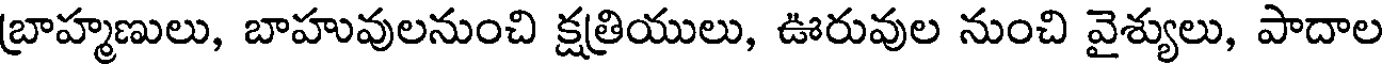
బ్రాహ్మణులు, బాహువులనుంచి క్షత్రియులు, ఊరువుల నుంచి వైశ్యులు, పాదాల